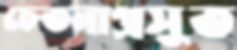
চেতনাপ্রসূত